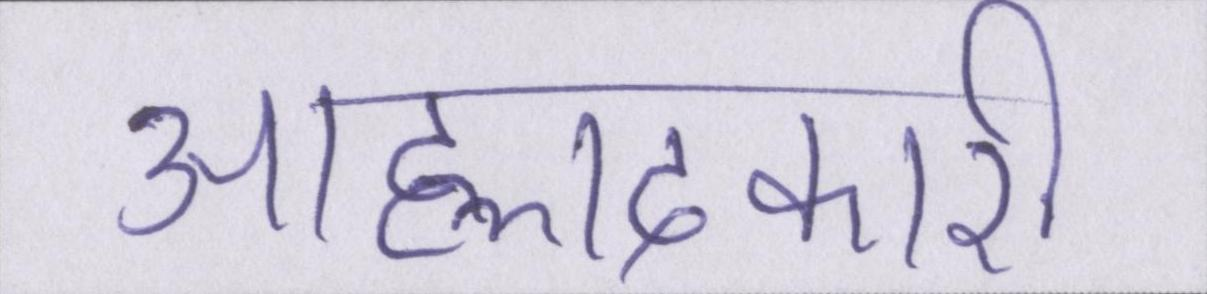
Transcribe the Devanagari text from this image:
आह्लादकारी